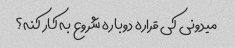
میدونی کی قراره دوباره شروع به کار کنه؟